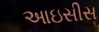
આઇસીસ